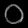
Digit: ၀